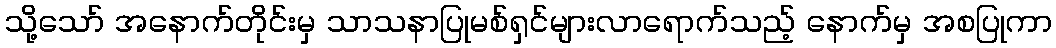
သို့သော် အနောက်တိုင်းမှ သာသနာပြုမစ်ရှင်များလာရောက်သည့် နောက်မှ အစပြုကာ